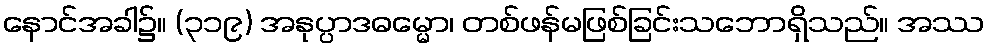
နောင်အခါ၌။ (၃၁၉) အနုပ္ပာဒဓမ္မော၊ တစ်ဖန်မဖြစ်ခြင်းသဘောရှိသည်။ အဿ